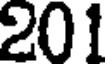
201